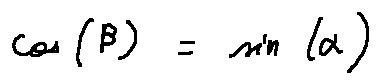
\cos ( \beta ) = \sin ( \alpha )